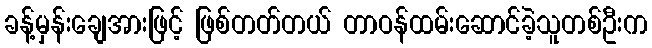
ခန့်မှန်းချေအားဖြင့် ဖြစ်တတ်တယ် တာဝန်ထမ်းဆောင်ခဲ့သူတစ်ဦးက